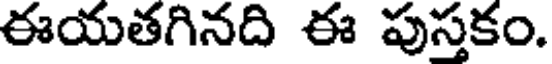
ఈయతగినది ఈ పుస్తకం.